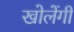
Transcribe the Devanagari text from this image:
खोलेंगी